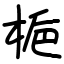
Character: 梔